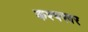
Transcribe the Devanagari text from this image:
कश्यपवर